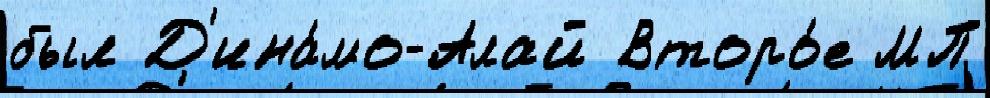
был Д'ина́мо-Алай Второ́е МП